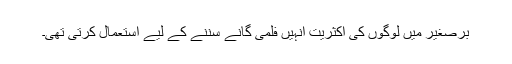
برصغیر میں لوگوں کی اکثریت انہیں فلمی گانے سننے کے لیے استعمال کرتی تھی۔